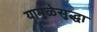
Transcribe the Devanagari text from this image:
यामुळेसुद्धा